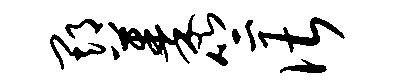
期蓁竺谌